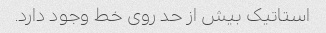
استاتیک بیش از حد روی خط وجود دارد.